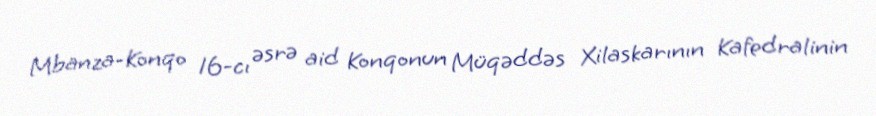
Mbanza-Konqo 16-cı əsrə aid Konqonun Müqəddəs Xilaskarının Kafedralinin